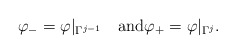
\begin{align*} \varphi_- = \varphi|_{\Gamma^{j-1}} \quad\mbox{and} \varphi_+ = \varphi|_{\Gamma^j}.\end{align*}